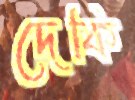
দেকি